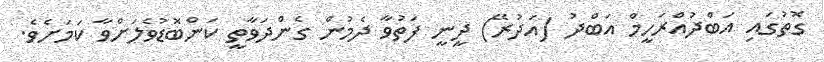
ގޮތުގައި އަބްދުއްރަހީމް އަބްދު (އަދުރޭ) ދީނީ ފަތުވާ ދެމުން ގެންދަވާތީ ކަންބޮޑުވެލަށްވާ ކަމަށެވެ.